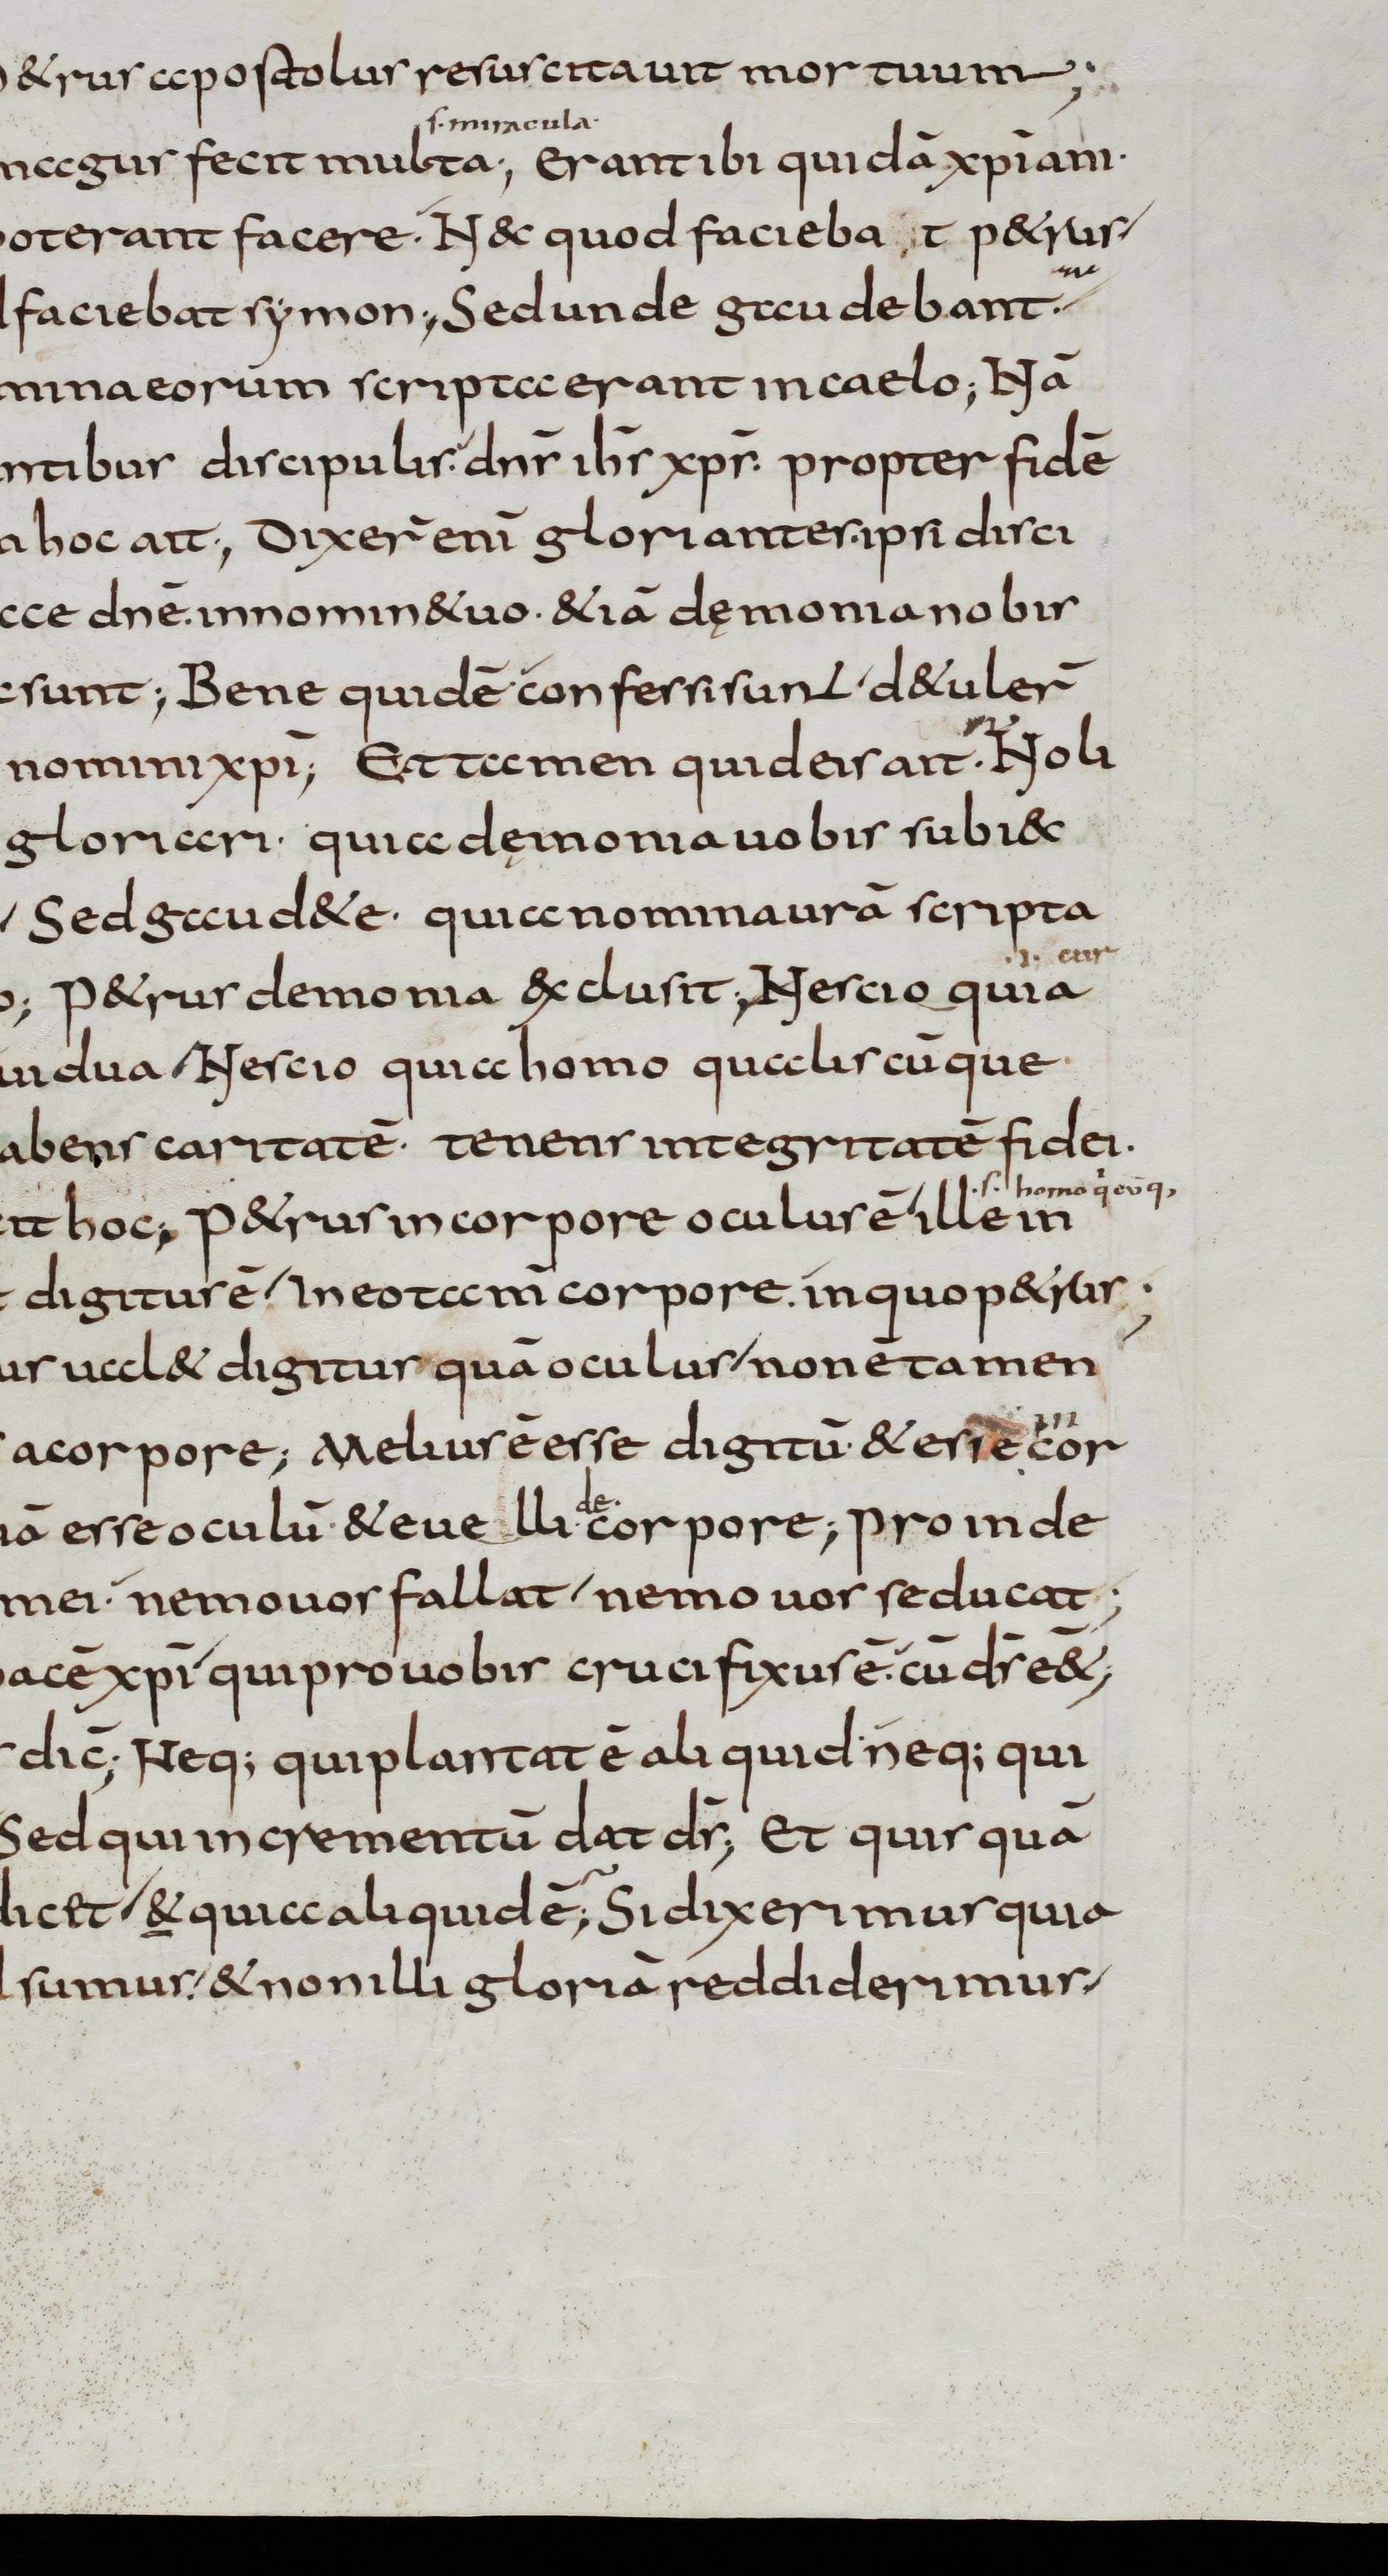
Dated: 800–899